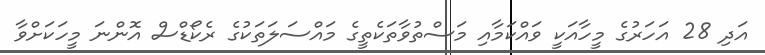
އަދި 28 އަހަރުގެ މީހާއަކީ ވައްކަމާއި މަސްތުވާތަކެތީގެ މައްސަލަތަކުގެ ރެކޯޑްސް އޮންނަ މީހަކަށްވާ